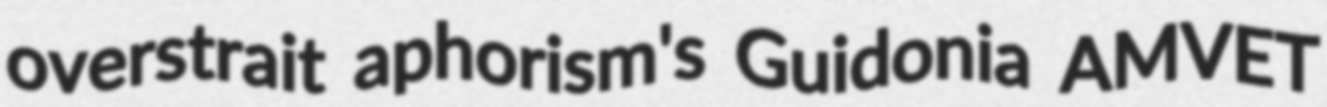
overstrait aphorism's Guidonia AMVET